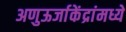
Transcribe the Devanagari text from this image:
अणुऊर्जाकेंद्रांमध्ये